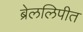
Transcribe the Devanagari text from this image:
ब्रेललिपीत